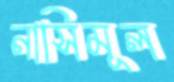
নাসিমূল